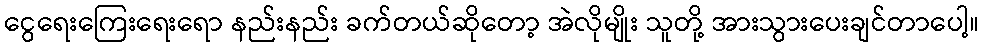
ငွေရေးကြေးရေးရော နည်းနည်း ခက်တယ်ဆိုတော့ အဲလိုမျိုး သူတို့ အားသွားပေးချင်တာပေါ့။